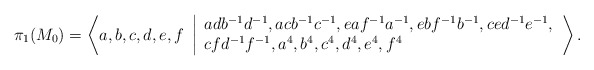
\begin{align*} \pi_1(M_0)=\left \langle a,b,c,d,e,f\ \left| \begin{array}{l l}adb^{-1}d^{-1}, acb^{-1}c^{-1}, eaf^{-1}a^{-1}, ebf^{-1}b^{-1}, ced^{-1}e^{-1}, \\cfd^{-1}f^{-1}, a^4,b^4,c^4,d^4,e^4,f^4 \end{array}\right. \right \rangle.\end{align*}